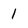
Character: 1